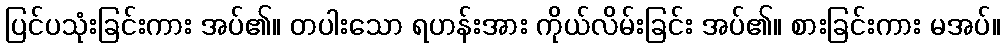
ပြင်ပသုံးခြင်းကား အပ်၏။ တပါးသော ရဟန်းအား ကိုယ်လိမ်းခြင်း အပ်၏။ စားခြင်းကား မအပ်။